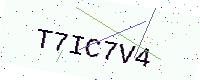
Text: T7IC7V4